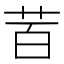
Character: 𮎩